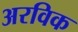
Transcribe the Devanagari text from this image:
अरविक